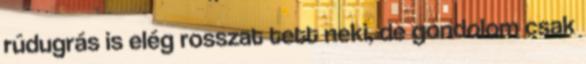
rúdugrás is elég rosszat tett neki, de gondolom csak